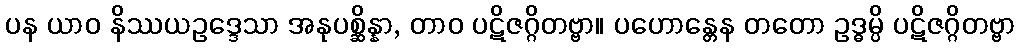
ပန ယာဝ နိဿယဥဒ္ဒေသာ အနုပစ္ဆိန္နာ, တာဝ ပဋိဇဂ္ဂိတဗ္ဗာ။ ပဟောန္တေန တတော ဥဒ္ဓမ္ပိ ပဋိဇဂ္ဂိတဗ္ဗာ